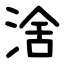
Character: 涻